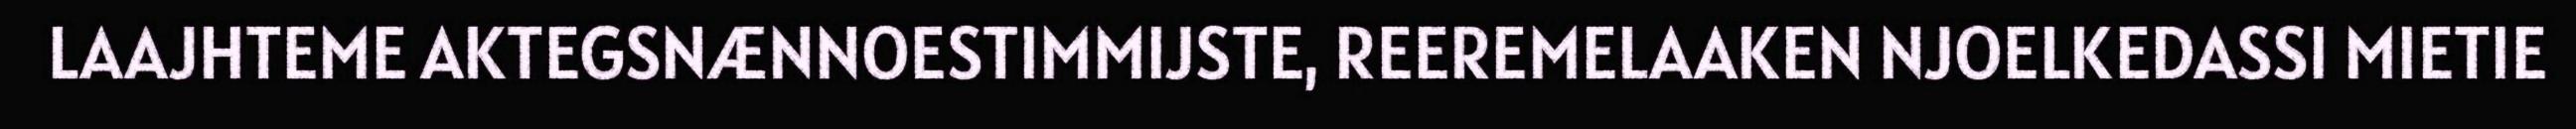
LAAJHTEME AKTEGSNÆNNOESTIMMIJSTE, REEREMELAAKEN NJOELKEDASSI MIETIE